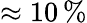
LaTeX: \approx 10\, \%